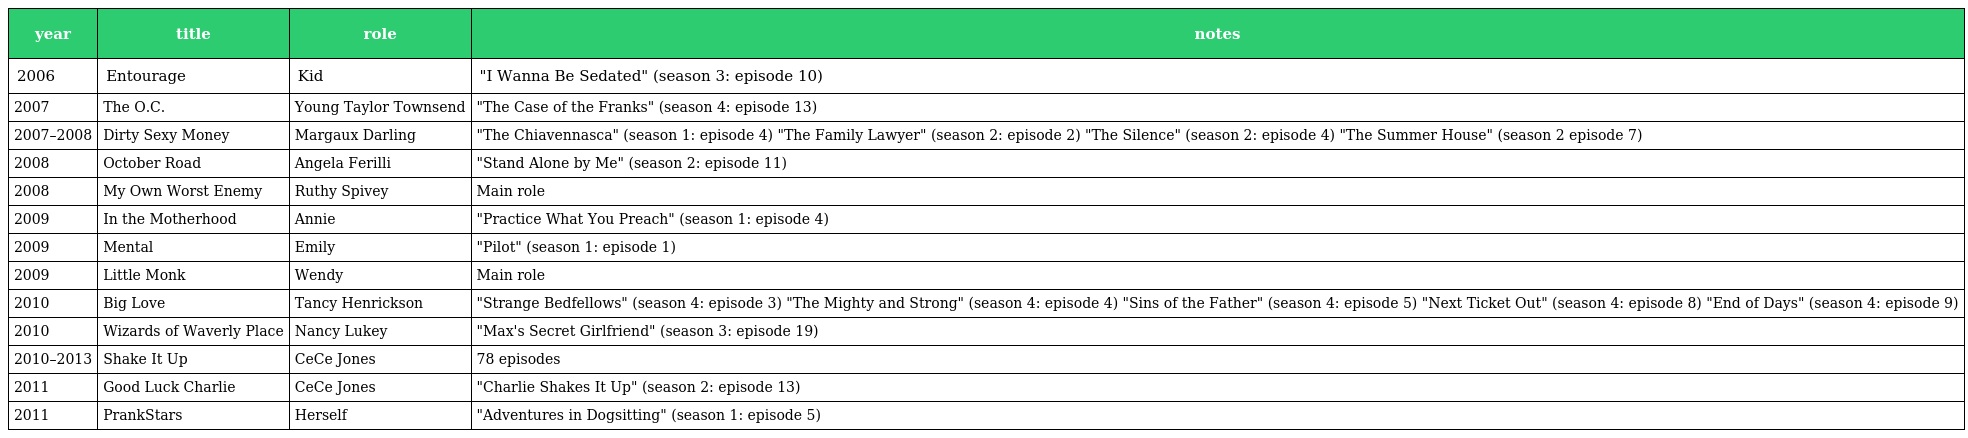
| year | title | role | notes |
 | --- | --- | --- | --- |
 | 2006 | Entourage | Kid | "I Wanna Be Sedated" (season 3: episode 10) |
 | 2007 | The O.C. | Young Taylor Townsend | "The Case of the Franks" (season 4: episode 13) |
 | 2007–2008 | Dirty Sexy Money | Margaux Darling | "The Chiavennasca" (season 1: episode 4) "The Family Lawyer" (season 2: episode 2) "The Silence" (season 2: episode 4) "The Summer House" (season 2 episode 7) |
 | 2008 | October Road | Angela Ferilli | "Stand Alone by Me" (season 2: episode 11) |
 | 2008 | My Own Worst Enemy | Ruthy Spivey | Main role |
 | 2009 | In the Motherhood | Annie | "Practice What You Preach" (season 1: episode 4) |
 | 2009 | Mental | Emily | "Pilot" (season 1: episode 1) |
 | 2009 | Little Monk | Wendy | Main role |
 | 2010 | Big Love | Tancy Henrickson | "Strange Bedfellows" (season 4: episode 3) "The Mighty and Strong" (season 4: episode 4) "Sins of the Father" (season 4: episode 5) "Next Ticket Out" (season 4: episode 8) "End of Days" (season 4: episode 9) |
 | 2010 | Wizards of Waverly Place | Nancy Lukey | "Max's Secret Girlfriend" (season 3: episode 19) |
 | 2010–2013 | Shake It Up | CeCe Jones | 78 episodes |
 | 2011 | Good Luck Charlie | CeCe Jones | "Charlie Shakes It Up" (season 2: episode 13) |
 | 2011 | PrankStars | Herself | "Adventures in Dogsitting" (season 1: episode 5) |